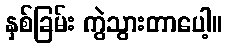
နှစ်ခြမ်း ကွဲသွားတာပေါ့။